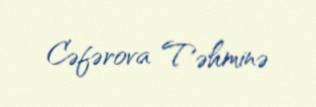
Cəfərova Təhminə